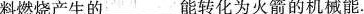
料燃烧产生的___能转化为火箭的机械能.